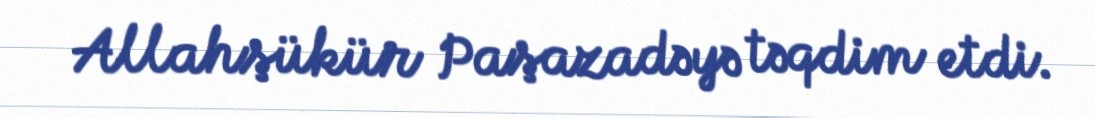
Allahşükür Paşazadəyə təqdim etdi.